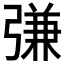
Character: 𢐎